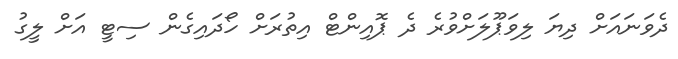
ދެވަނައަށް ދިޔަ ލިވަޕޫލަށްވުރެ ދެ ޕޮއިންޓް އިތުރަށް ހޯދައިގެން ސިޓީ އަށް ލީގު